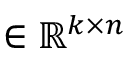
\in \mathbb { R } ^ { k \times n }